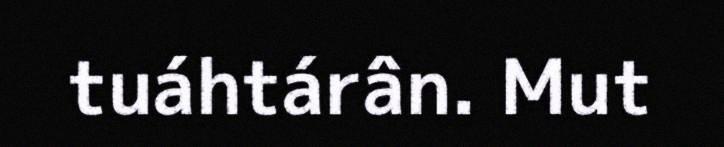
tuáhtárân. Mut